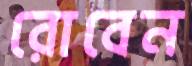
রোবেন